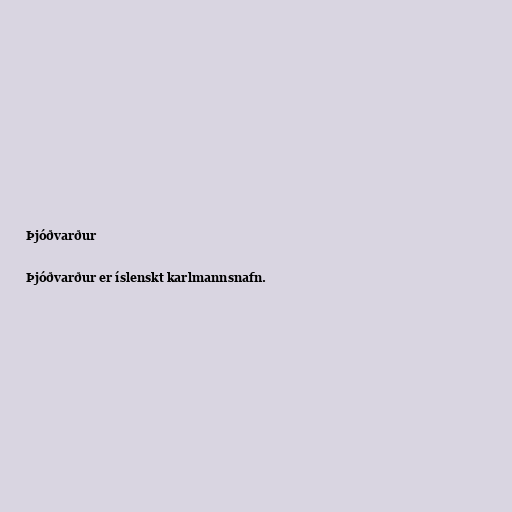
Þjóðvarður

Þjóðvarður er íslenskt karlmannsnafn.